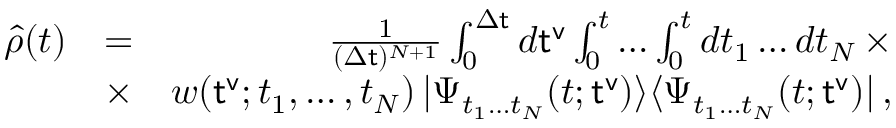
\begin{array} { r l r } { \hat { \rho } ( t ) } & { = } & { \frac { 1 } { ( \Delta { \sf t } ) ^ { N + 1 } } \int _ { 0 } ^ { \Delta { \sf t } } d { \sf t ^ { v } } \int _ { 0 } ^ { t } \dots \int _ { 0 } ^ { t } d t _ { 1 } \dots d t _ { N } \, \times } \\ { ~ ~ } & { \times } & { w ( { \sf t ^ { v } } ; t _ { 1 } , \dots , t _ { N } ) \, | \Psi _ { t _ { 1 } \dots t _ { N } } ( t ; { \sf t ^ { v } } ) \rangle \langle \Psi _ { t _ { 1 } \dots t _ { N } } ( t ; { \sf t ^ { v } } ) | \, , } \end{array}